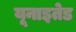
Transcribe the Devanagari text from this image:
यूनाइतेड